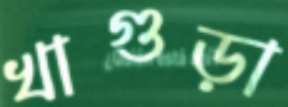
খাগুড়া